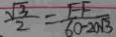
\frac { \sqrt { 3 } } { 2 } = \frac { E F } { 6 0 - 2 0 \sqrt { 3 } }